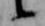
候